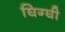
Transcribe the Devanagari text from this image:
घिग्घी